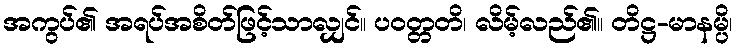
အကွပ်၏ အရပ်အစိတ်ဖြင့်သာလျှင်။ ပဝတ္တတိ၊ လိမ့်လည်၏။ တိဋ္ဌ-မာနမ္ပိ၊